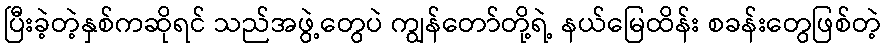
ပြီးခဲ့တဲ့နှစ်ကဆိုရင် သည်အဖွဲ့တွေပဲ ကျွန်တော်တို့ရဲ့ နယ်မြေထိန်း စခန်းတွေဖြစ်တဲ့